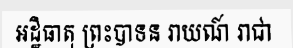
អដ្ឋិធាតុ ព្រះបាទន រាយណ៍ រាជា